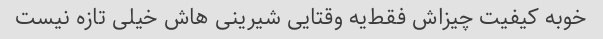
خوبه کیفیت چیزاش فقط‌یه وقتایی شیرینی هاش خیلی تازه نیست